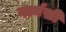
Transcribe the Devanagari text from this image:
गार्नसी